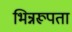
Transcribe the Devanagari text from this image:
भिन्नरूपता